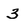
Character: 3